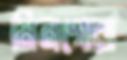
মিনগোরা